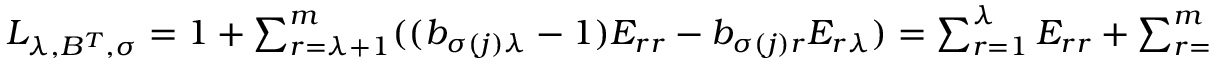
\begin{array} { r } { L _ { \lambda , B ^ { T } , \sigma } = \boldsymbol { 1 } + \sum _ { r = \lambda + 1 } ^ { m } ( ( b _ { \sigma ( j ) \lambda } - 1 ) E _ { r r } - b _ { \sigma ( j ) r } E _ { r \lambda } ) = \sum _ { r = 1 } ^ { \lambda } E _ { r r } + \sum _ { r = \lambda + 1 } ^ { m } ( b _ { \sigma ( j ) \lambda } E _ { r r } - b _ { \sigma ( j ) r } E _ { r \lambda } ) . } \end{array}